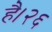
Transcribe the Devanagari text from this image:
है।२६